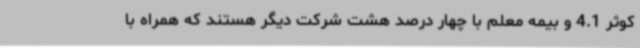
کوثر 4.1 و بیمه معلم با چهار درصد هشت شرکت دیگر هستند که همراه با